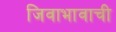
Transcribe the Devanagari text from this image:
जिवाभावाची